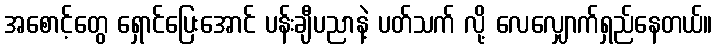
အစောင့်တွေ ရှောင်ပြေးအောင် ပန်းချီပညာနဲ့ ပတ်သက် လို့ လေလျှောက်ရှည်နေတယ်။